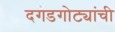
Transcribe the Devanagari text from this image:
दगडगोट्यांची